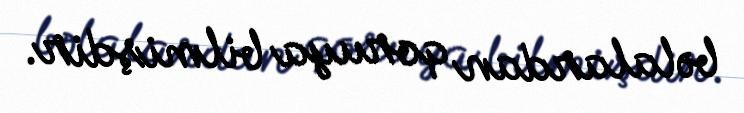
bəlalardan qoruya bilmişdir.